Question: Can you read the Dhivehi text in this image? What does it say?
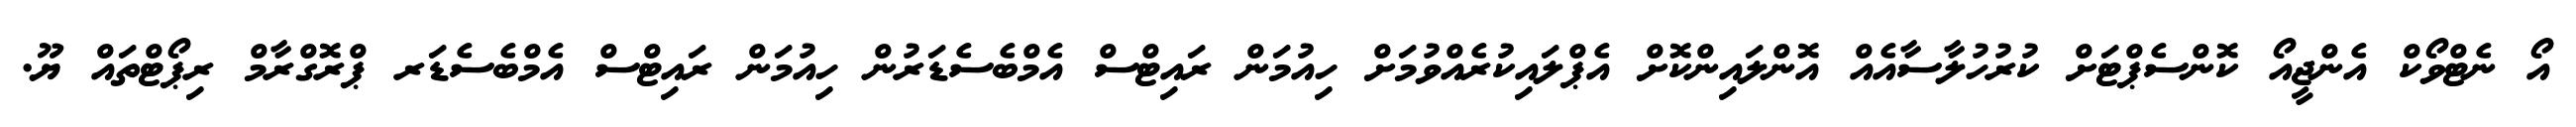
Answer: އޯ ނެޓްވޯކް އެންޖީއޯ ކޮންސެޕްޓަށް ކުރުހުލާސާއެއް އޮންލައިންކޮށް އެޕްލައިކުރެއްވުމަށް ހިއުމަން ރައިޓްސް އެމްބެސެޑަރުން ހިއުމަން ރައިޓްސް އެމްބެސެޑަރ ޕްރޮގްރާމް ރިޕޯޓްތައް ޔޫ.